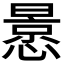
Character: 𭞳